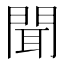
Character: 聞